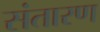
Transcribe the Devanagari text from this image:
संतारण